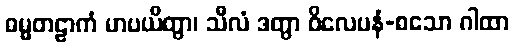
ဓမ္မတဠာကံ မာပယိတွာ၊ သီလံ ဒတွာ ဝိလေပနံ-စသော ဂါထာ